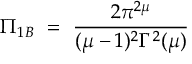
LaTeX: \Pi _ { 1 B } ~ = ~ \frac { 2 \pi ^ { 2 \mu } } { ( \mu - 1 ) ^ { 2 } \Gamma ^ { 2 } ( \mu ) }